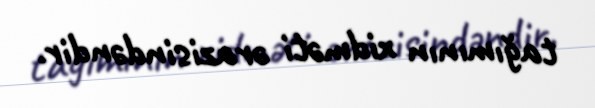
tağımının xidməti ərazisindəndir.